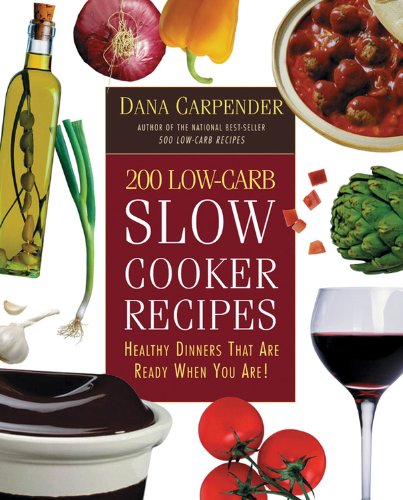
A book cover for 200 Low-Carb Slow Cooker Recipes: Healthy Dinners That Are Ready When You Are!; Dana Carpender; Cookbooks, Food & Wine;